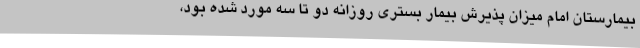
بیمارستان امام میزان پذیرش بیمار بستری روزانه دو تا سه مورد شده بود،